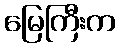
မြေကြီးက